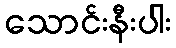
သောင်းနီးပါး